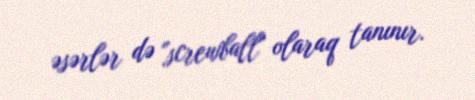
əsərlər də "screwball" olaraq tanınır.